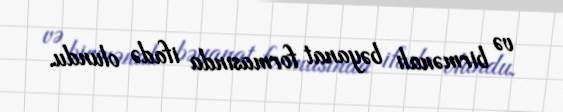
və birmənalı bəyanat formasında ifadə olundu.